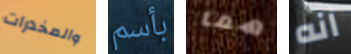
والمخدرات بأسم هما انه